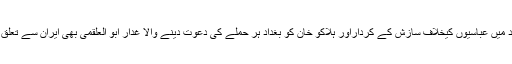
سقوط بغداد میں عباسیوں کیخلاف سازش کے کرداراور ہلاکو خان کو بغداد ہر حملے کی دعوت دینے والا غدار ابو العلقمی بھی ایران سے تعلق رکھتا تھا۔